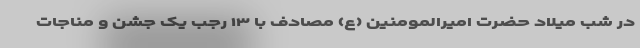
در شب میلاد حضرت امیرالمومنین (ع) مصادف با ۱۳ رجب یک جشن و مناجات